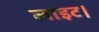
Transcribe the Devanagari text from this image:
लाइट।